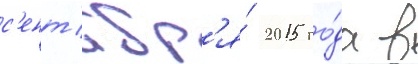
с'ент'ябр'я́ 2015 го́да в